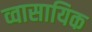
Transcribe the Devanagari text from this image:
व्वासायिक